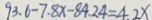
9 3 . 6 - 7 . 8 x - 8 4 . 2 4 = 4 . 2 x